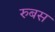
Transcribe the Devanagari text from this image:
रुबस